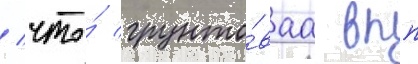
/ что́ грунто́ваа впп